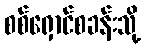
စစ်ရှောင်စခန်းသို့